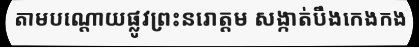
តាមបណ្តោយផ្លូវព្រះនរោត្តម សង្កាត់បឹងកេងកង